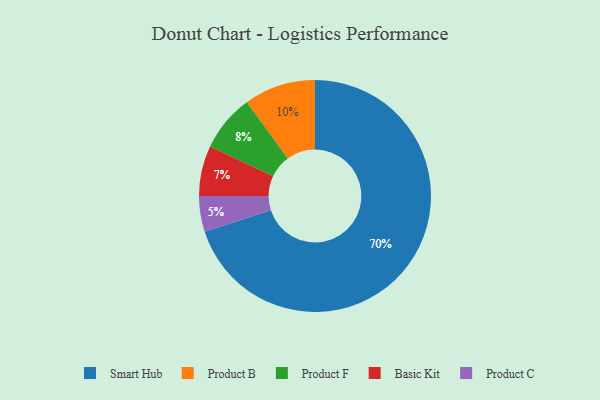
{"axis": {"x": "Category", "y": "Percentage"}, "legend": ["Basic Kit", "Product B", "Product C", "Product F", "Smart Hub"], "data": [{"x": "Basic Kit", "y": 7, "type": "Basic Kit"}, {"x": "Product B", "y": 10, "type": "Product B"}, {"x": "Product C", "y": 5, "type": "Product C"}, {"x": "Product F", "y": 8, "type": "Product F"}, {"x": "Smart Hub", "y": 70, "type": "Smart Hub"}]}